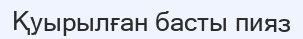
Қуырылған басты пияз